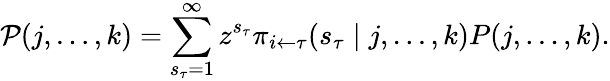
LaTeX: \mathcal P(j,\dots,k)=\sum_{s_{\tau}=1}^{\infty}z^{s_{\tau}}\pi_{i\leftarrow\tau}(s_{\tau}\mid j,\dots,k)P(j,\dots,k).